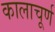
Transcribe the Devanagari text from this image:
कालाचूर्ण